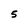
Character: 5